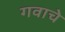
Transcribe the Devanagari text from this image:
गवाचे